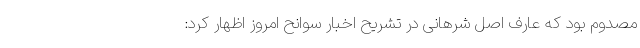
مصدوم بود که عارف اصل شرهانی در تشریح اخبار سوانح امروز اظهار کرد: